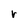
Character: r